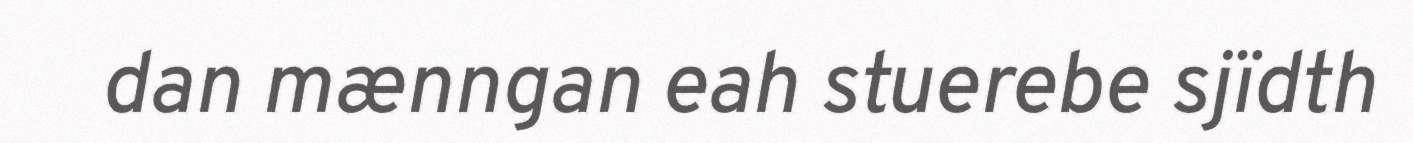
dan mænngan eah stuerebe sjïdth